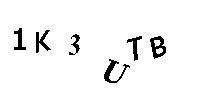
1K3UTB